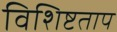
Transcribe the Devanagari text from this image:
विशिष्टताप